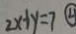
2 x + y = 7 \textcircled { 4 }